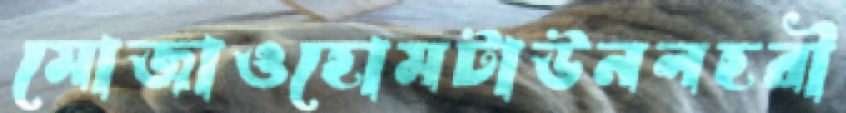
মোজাওহোমটাউনলহরী